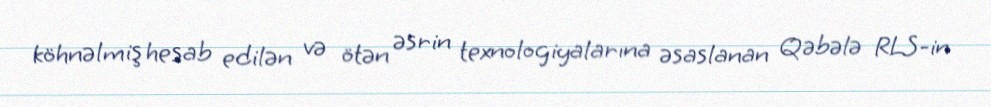
köhnəlmiş hesab edilən və ötən əsrin texnologiyalarına əsaslanan Qəbələ RLS-in